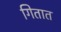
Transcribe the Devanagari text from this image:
गितात